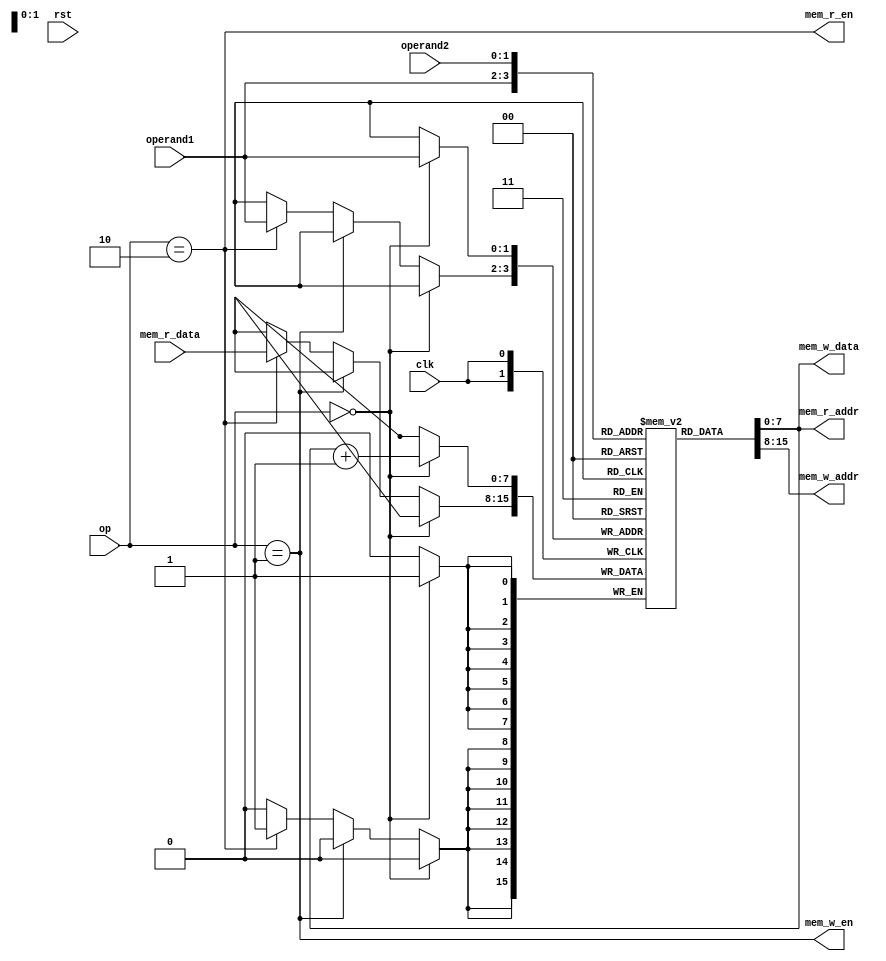
module proc(input clk, input rst, input [1:0] op, input [1:0] operand1,  input [1:0] operand2,
output mem_w_en, output [7:0] mem_w_addr, output [7:0] mem_w_data,
output mem_r_en, output [7:0] mem_r_addr, input[7:0] mem_r_data);

reg[7:0] rf[0:3];

// op == 0 : rf[operand1] <= rf[operand2] + 1
// op == 1 : mem[rf[operand1]] <= rf[operand2] (STORE)
// op == 2 : rf[operand1] <= mem[rf[operand2]] (LOAD)

assign mem_w_en = op == 1;
assign mem_r_en = op == 2;
assign mem_w_addr = rf[operand1];
assign mem_r_addr = rf[operand2];
assign mem_w_data = rf[operand2];

always @(posedge clk) begin
  if (op == 0)  begin
    rf[operand1] <= rf[operand2] + 1;
  end
  else if (op == 1) begin
    // do nothing
  end
  else if (op == 2) begin
    rf[operand1] <= mem_r_data;
  end
end


endmodule